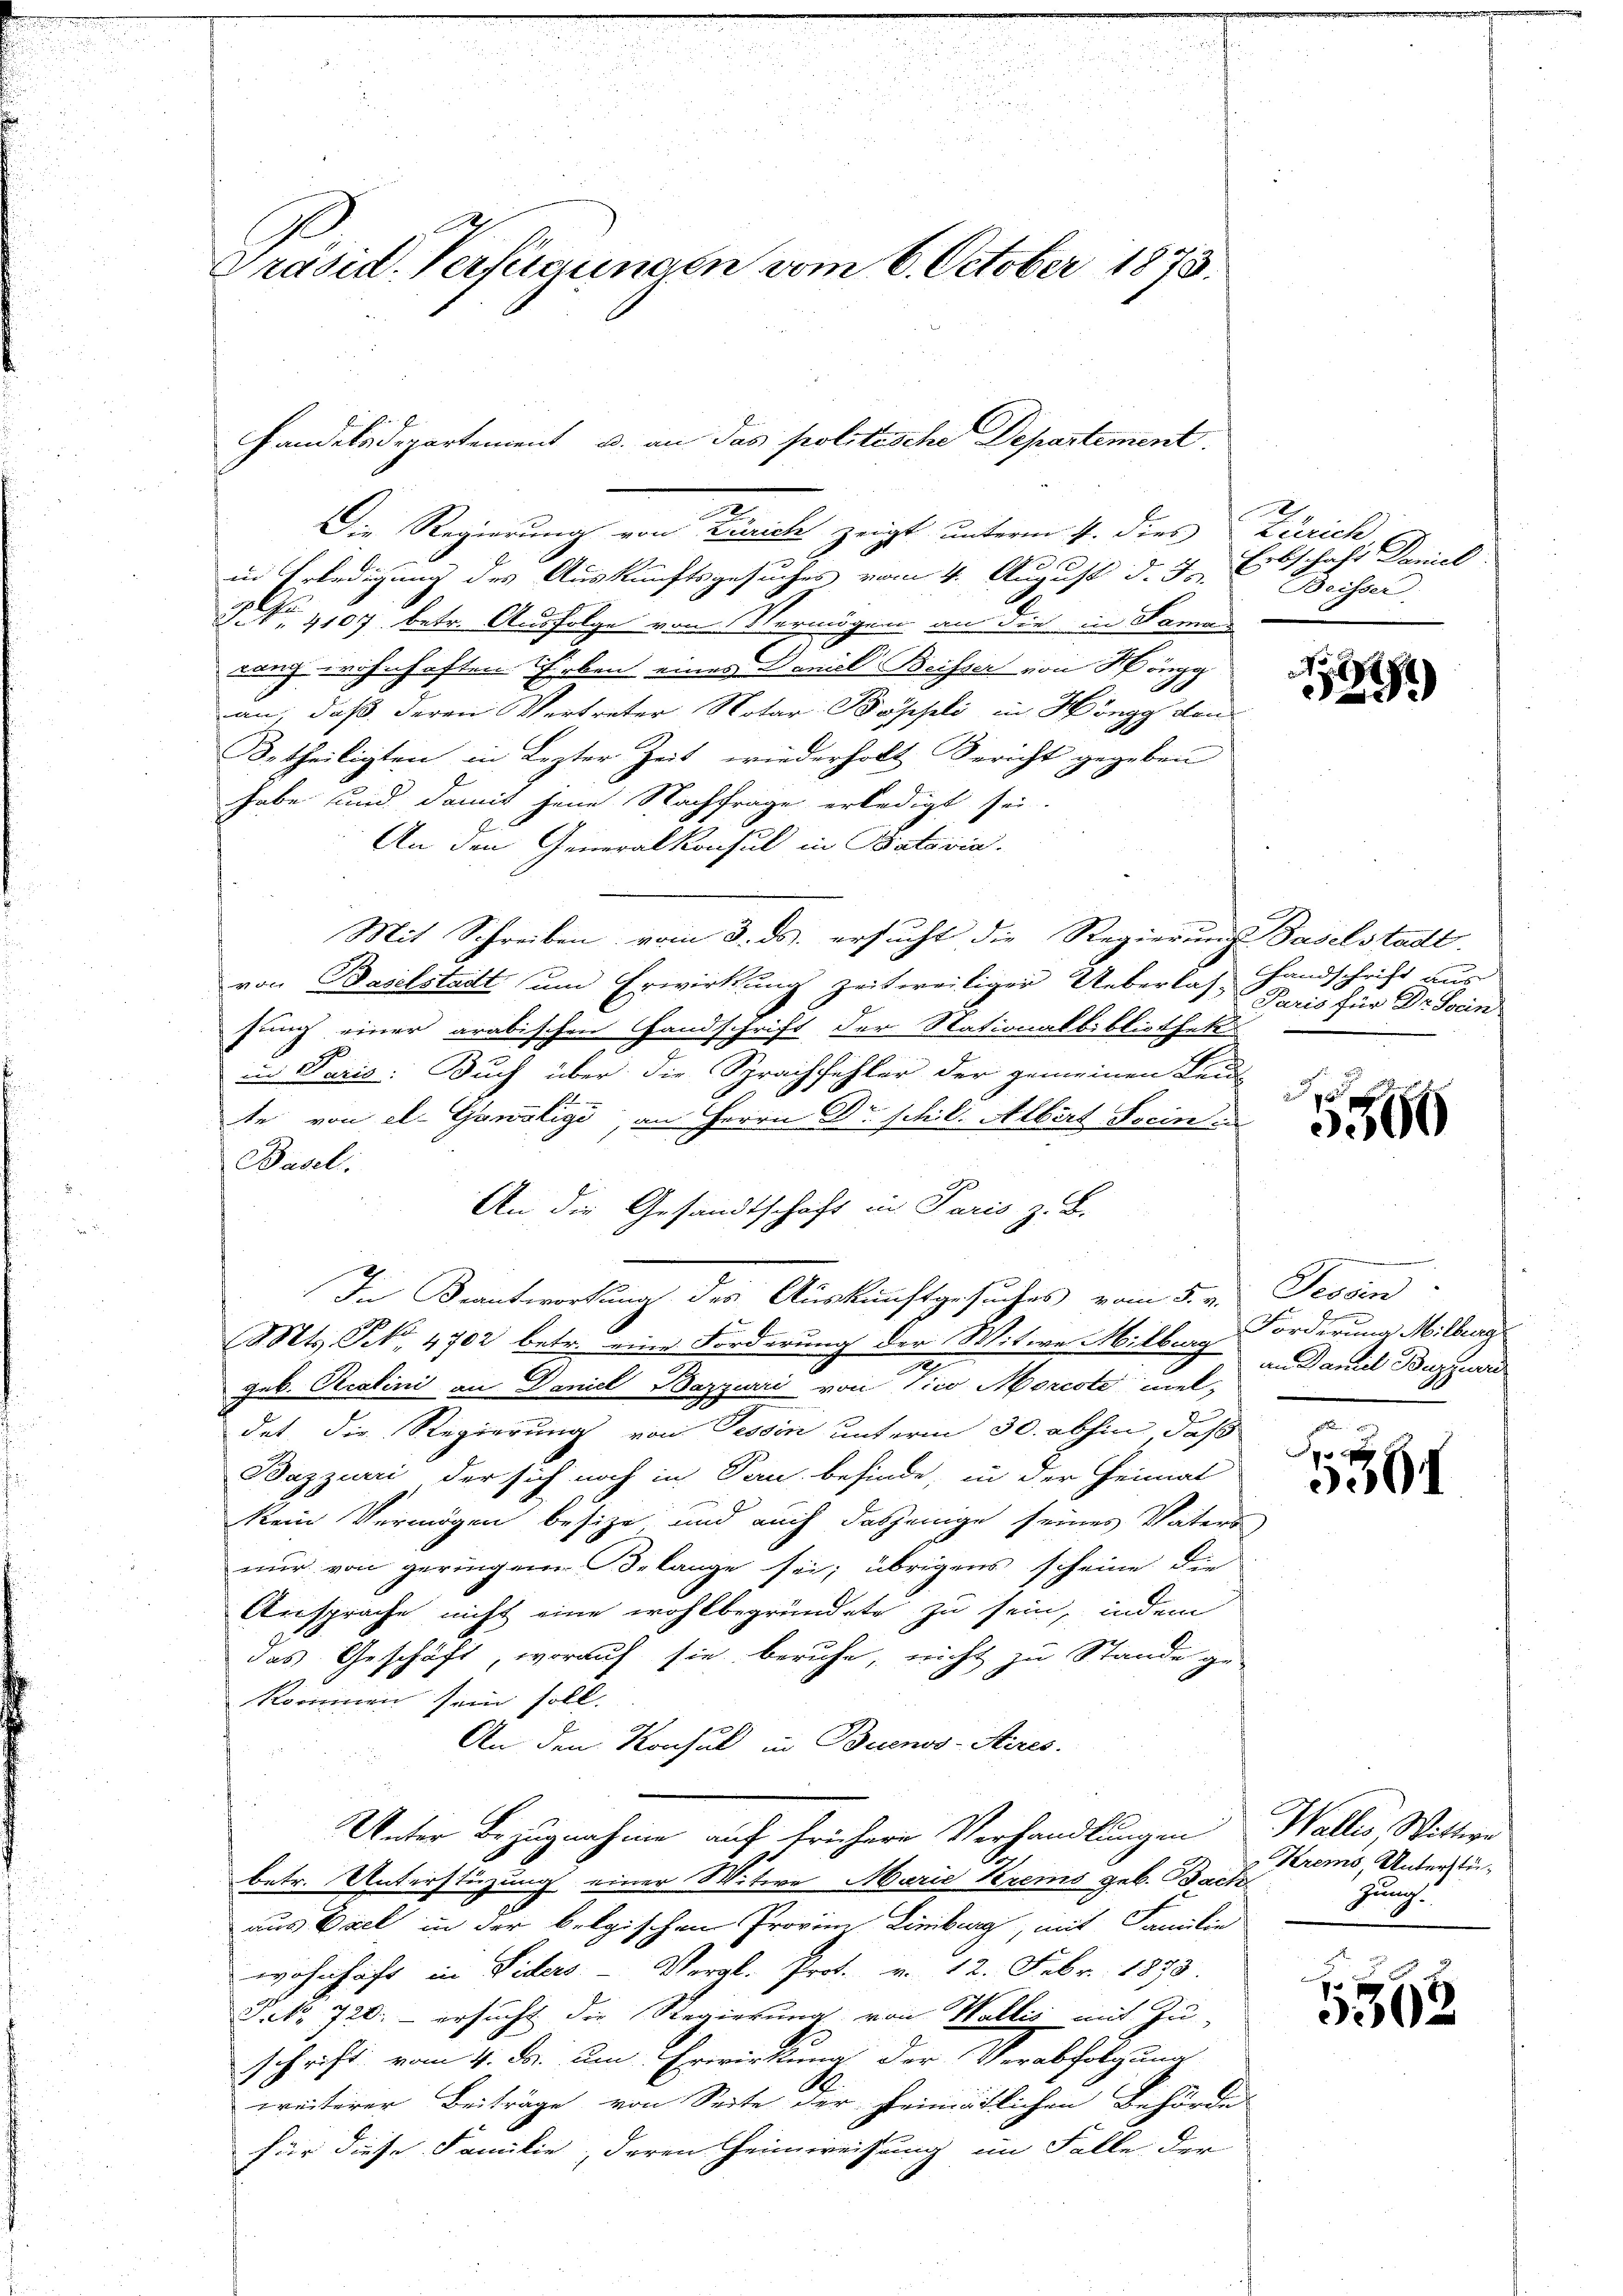
Prasil. Verfügungen vom 6. October 1873.

.
Die Regierung von Zürich zeigt unterm 4. dies Zürich
in Erledigung des Auskunftsgesuches vom 4. August d. J., Erbschaft Daniel
 No. 1107 betr. Ausfolge von Vermögen an die in Samas
rang wohnhaften Erben eines Daniel Beisser von Höngg
an; daß deren Vertreter Notar Böppli in Höngg den
Betheiligten in Lezter Zeit wiederholt Bericht gegeben
habe und damit jene Nachfrage erledigt sei.
An den Generalkonsul in Batavia.
Mit Schreiben vom 3. ds. ersucht die Regierung Baselstadt
von Baselstadt um Erwirkung zeitweiliger Ueberlas- Handschrift aus
sung einer arabischen Handschrift der Stationalbibliothek
in Paris: Buch über die Sprachfühler der gemeinen Leu
te von el. Ganeligi, an Herrn Dr Schil. Albert Socin.
Basel.
An die Gesandtschaft in Paris z. B.
In Beantwortung des Auskunftgesuches vom 5. v. Jedern
Mts. No. 1702 betr. eine Forderung der Witwe Milberg an damit Burg, wor
Jub. Realini an Daniel Bazzuri von Vico Morcote meldet, die Regierung von Tessin unterm 30. abhin daß
Bazzurri, der sich noch in Pau befinde, in der Heimal
kein Vermögen besize und auch dasjenige seiner Vaters
nur von geringen Belange sei; übrigens scheine die
Ansprache nicht eine wohlbegründete zu sein, indem
das Geschäft, worauf sie beruhe, nicht zu Stande ge-
kommen sein soll.
An den Konsul in Buenos-Aires.
Unter Bezugnahme auf frühere Verhandlungen Wallis, Wittwe
betr. Unterstüzung einer Witwe Marie Krems geb. Bach
aus Esel in der belgischen Provin Limburg, mit Familie
wohnhaft in Viders. - Vergl. Prot. v. 12. Febr. 1873.
P. Nr. 720. ersucht die Regierung von Wallis mit Zu-
Schrift vom 4. ds. um Erwirkung der Verabfolgung
weiterer Beiträge von Seite der heimatlichen Behördes
für diese Familie, deren Heimweisung im Falle der

Handelsdepartement u. an das politische Departement.

Beisser.

1891

Paris für Dr. Sein

.
5566

Forderung Milberg

p
391

Krems, Unterstüzunach.

x
362